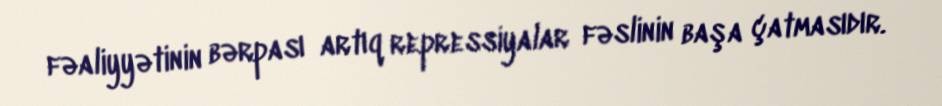
fəaliyyətinin bərpası artıq repressiyalar fəslinin başa çatmasıdır.